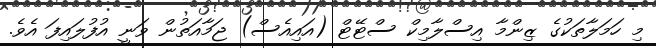
މި ހަމަލާތަކުގެ ޒިންމާ އިސްލާމިކް ސްޓޭޓް (އައިއެސް) ޖަމާއަތުން ވަނީ އުފުލައިފަ އެވެ.